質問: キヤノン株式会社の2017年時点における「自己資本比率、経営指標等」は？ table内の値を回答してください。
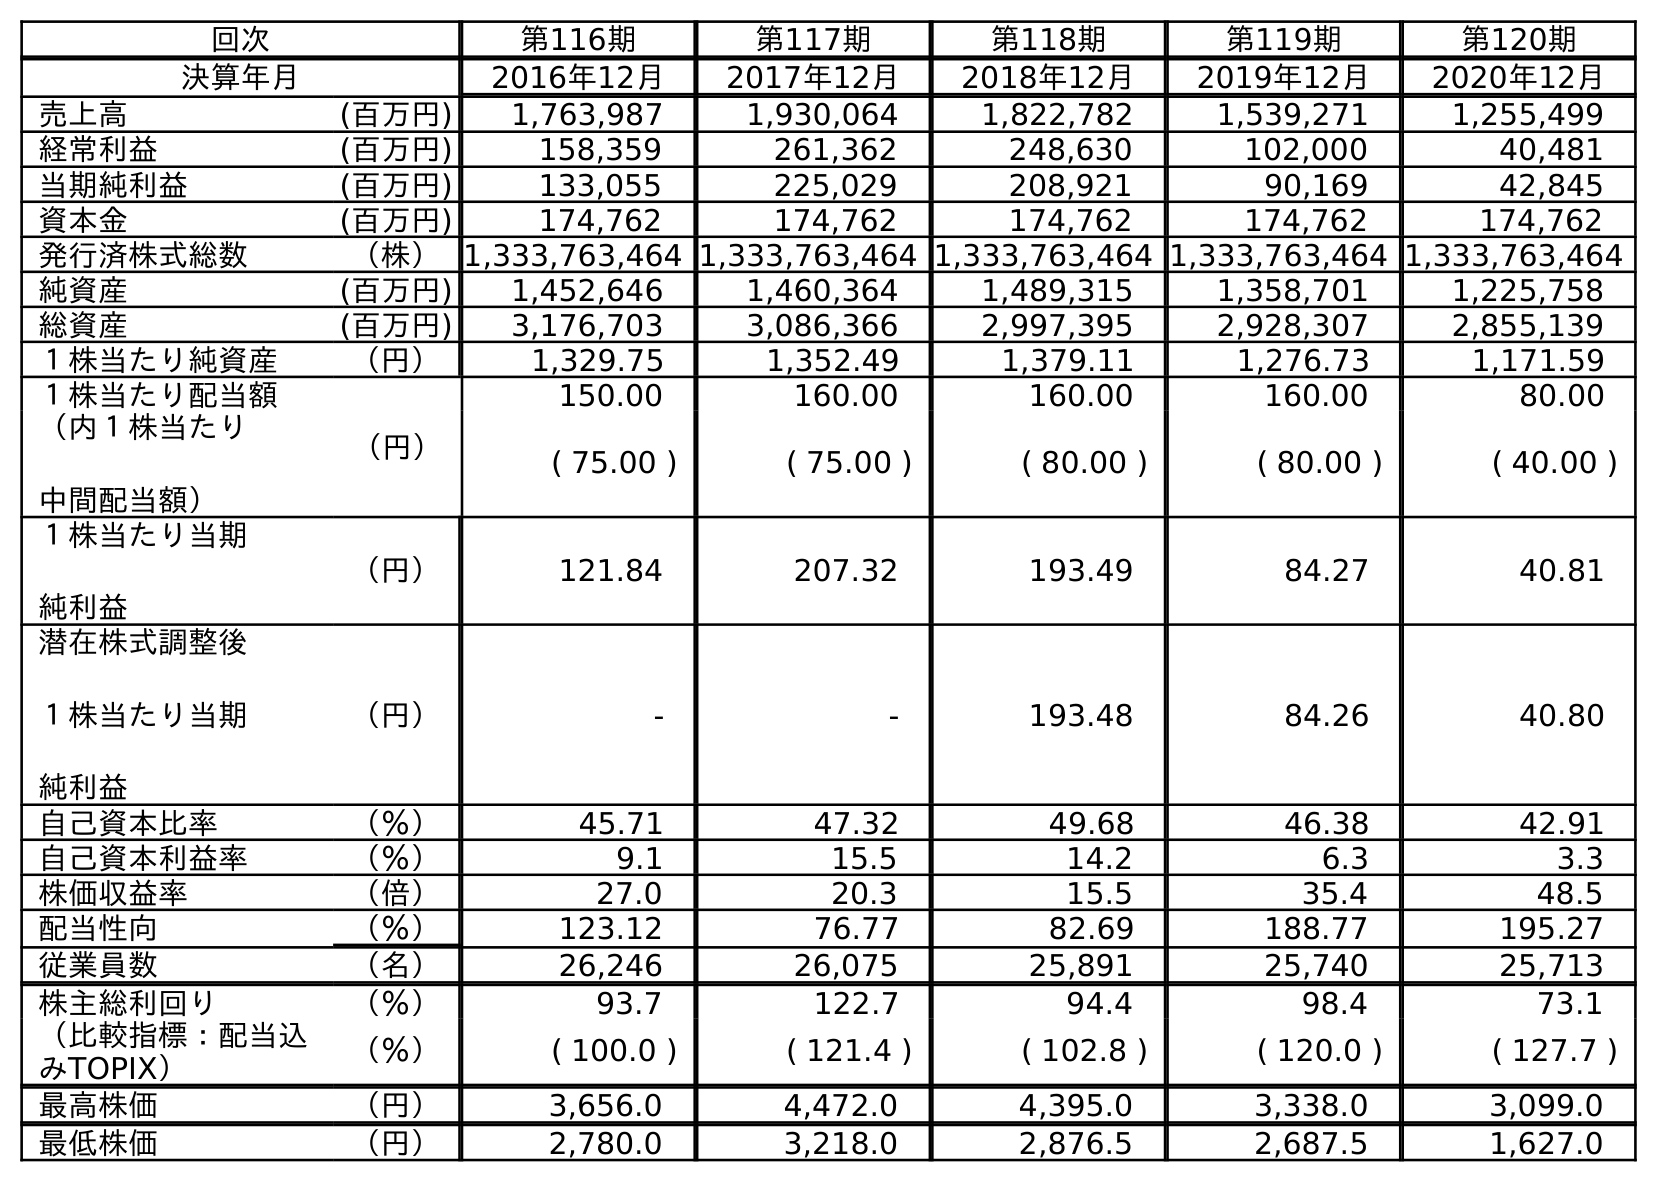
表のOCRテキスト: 回次 第116期 第117期 第118期 第119期 第120期 決算年月 2016年12月 2017年12月 2018年12月 2019年12月 2020年12月 売上高 (百万円) 1,763,987 1,930,064 1,822,782 1,539,271 1,255,499 経常利益 (百万円) 158,359 261,362 248,630 102,000 40,481 当期純利益 (百万円) 133,055 225,029 208,921 90,169 42,845 資本金 (百万円) 174,762 174,762 174,762 174,762 174,762 発行済株式総数 （株）1,333,763,464 1,333,763,464 1,333,763,464 1,333,763,464 1,333,763,464 純資産 (百万円) 1,452,646 1,460,364 1,489,315 1,358,701 1,225,758 総資産 (百万円) 3,176,703 3,086,366 2,997,395 2,928,307 2,855,139 １株当たり純資産 （円） 1,329.75 1,352.49 1,379.11 1,276.73 1,171.59 １株当たり配当額 （円） 150.00 160.00 160.00 160.00 80.00 （内１株当たり 中間配当額） ( 75.00 ) ( 75.00 ) ( 80.00 ) ( 80.00 ) ( 40.00 ) １株当たり当期 純利益 （円） 121.84 207.32 193.49 84.27 40.81 潜在株式調整後 １株当たり当期 純利益 （円） - - 193.48 84.26 40.80 自己資本比率 （％） 45.71 47.32 49.68 46.38 42.91 自己資本利益率 （％） 9.1 15.5 14.2 6.3 3.3 株価収益率 （倍） 27.0 20.3 15.5 35.4 48.5 配当性向 （％） 123.12 76.77 82.69 188.77 195.27 従業員数 （名） 26,246 26,075 25,891 25,740 25,713 株主総利回り （％） 93.7 122.7 94.4 98.4 73.1 （比較指標：配当込 みTOPIX） （％） ( 100.0 ) ( 121.4 ) ( 102.8 ) ( 120.0 ) ( 127.7 ) 最高株価 （円） 3,656.0 4,472.0 4,395.0 3,338.0 3,099.0 最低株価 （円） 2,780.0 3,218.0 2,876.5 2,687.5 1,627.0
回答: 47.32